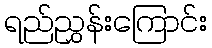
ရည်ညွှန်းကြောင်း